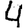
Digit: 4